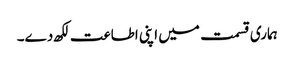
ہماری قسمت میں اپنی اطاعت لکھ دے۔